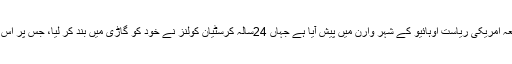
لوکل 10ڈاٹ کام کے مطابق یہ واقعہ امریکی ریاست اوہائیو کے شہر وارن میں پیش آیا ہے جہاں 24سالہ کرسٹیان کولنز نے خود کو گاڑی میں بند کر لیا، جس پر اس کی گرل فرینڈ نے پولیس کو بلا لیا۔